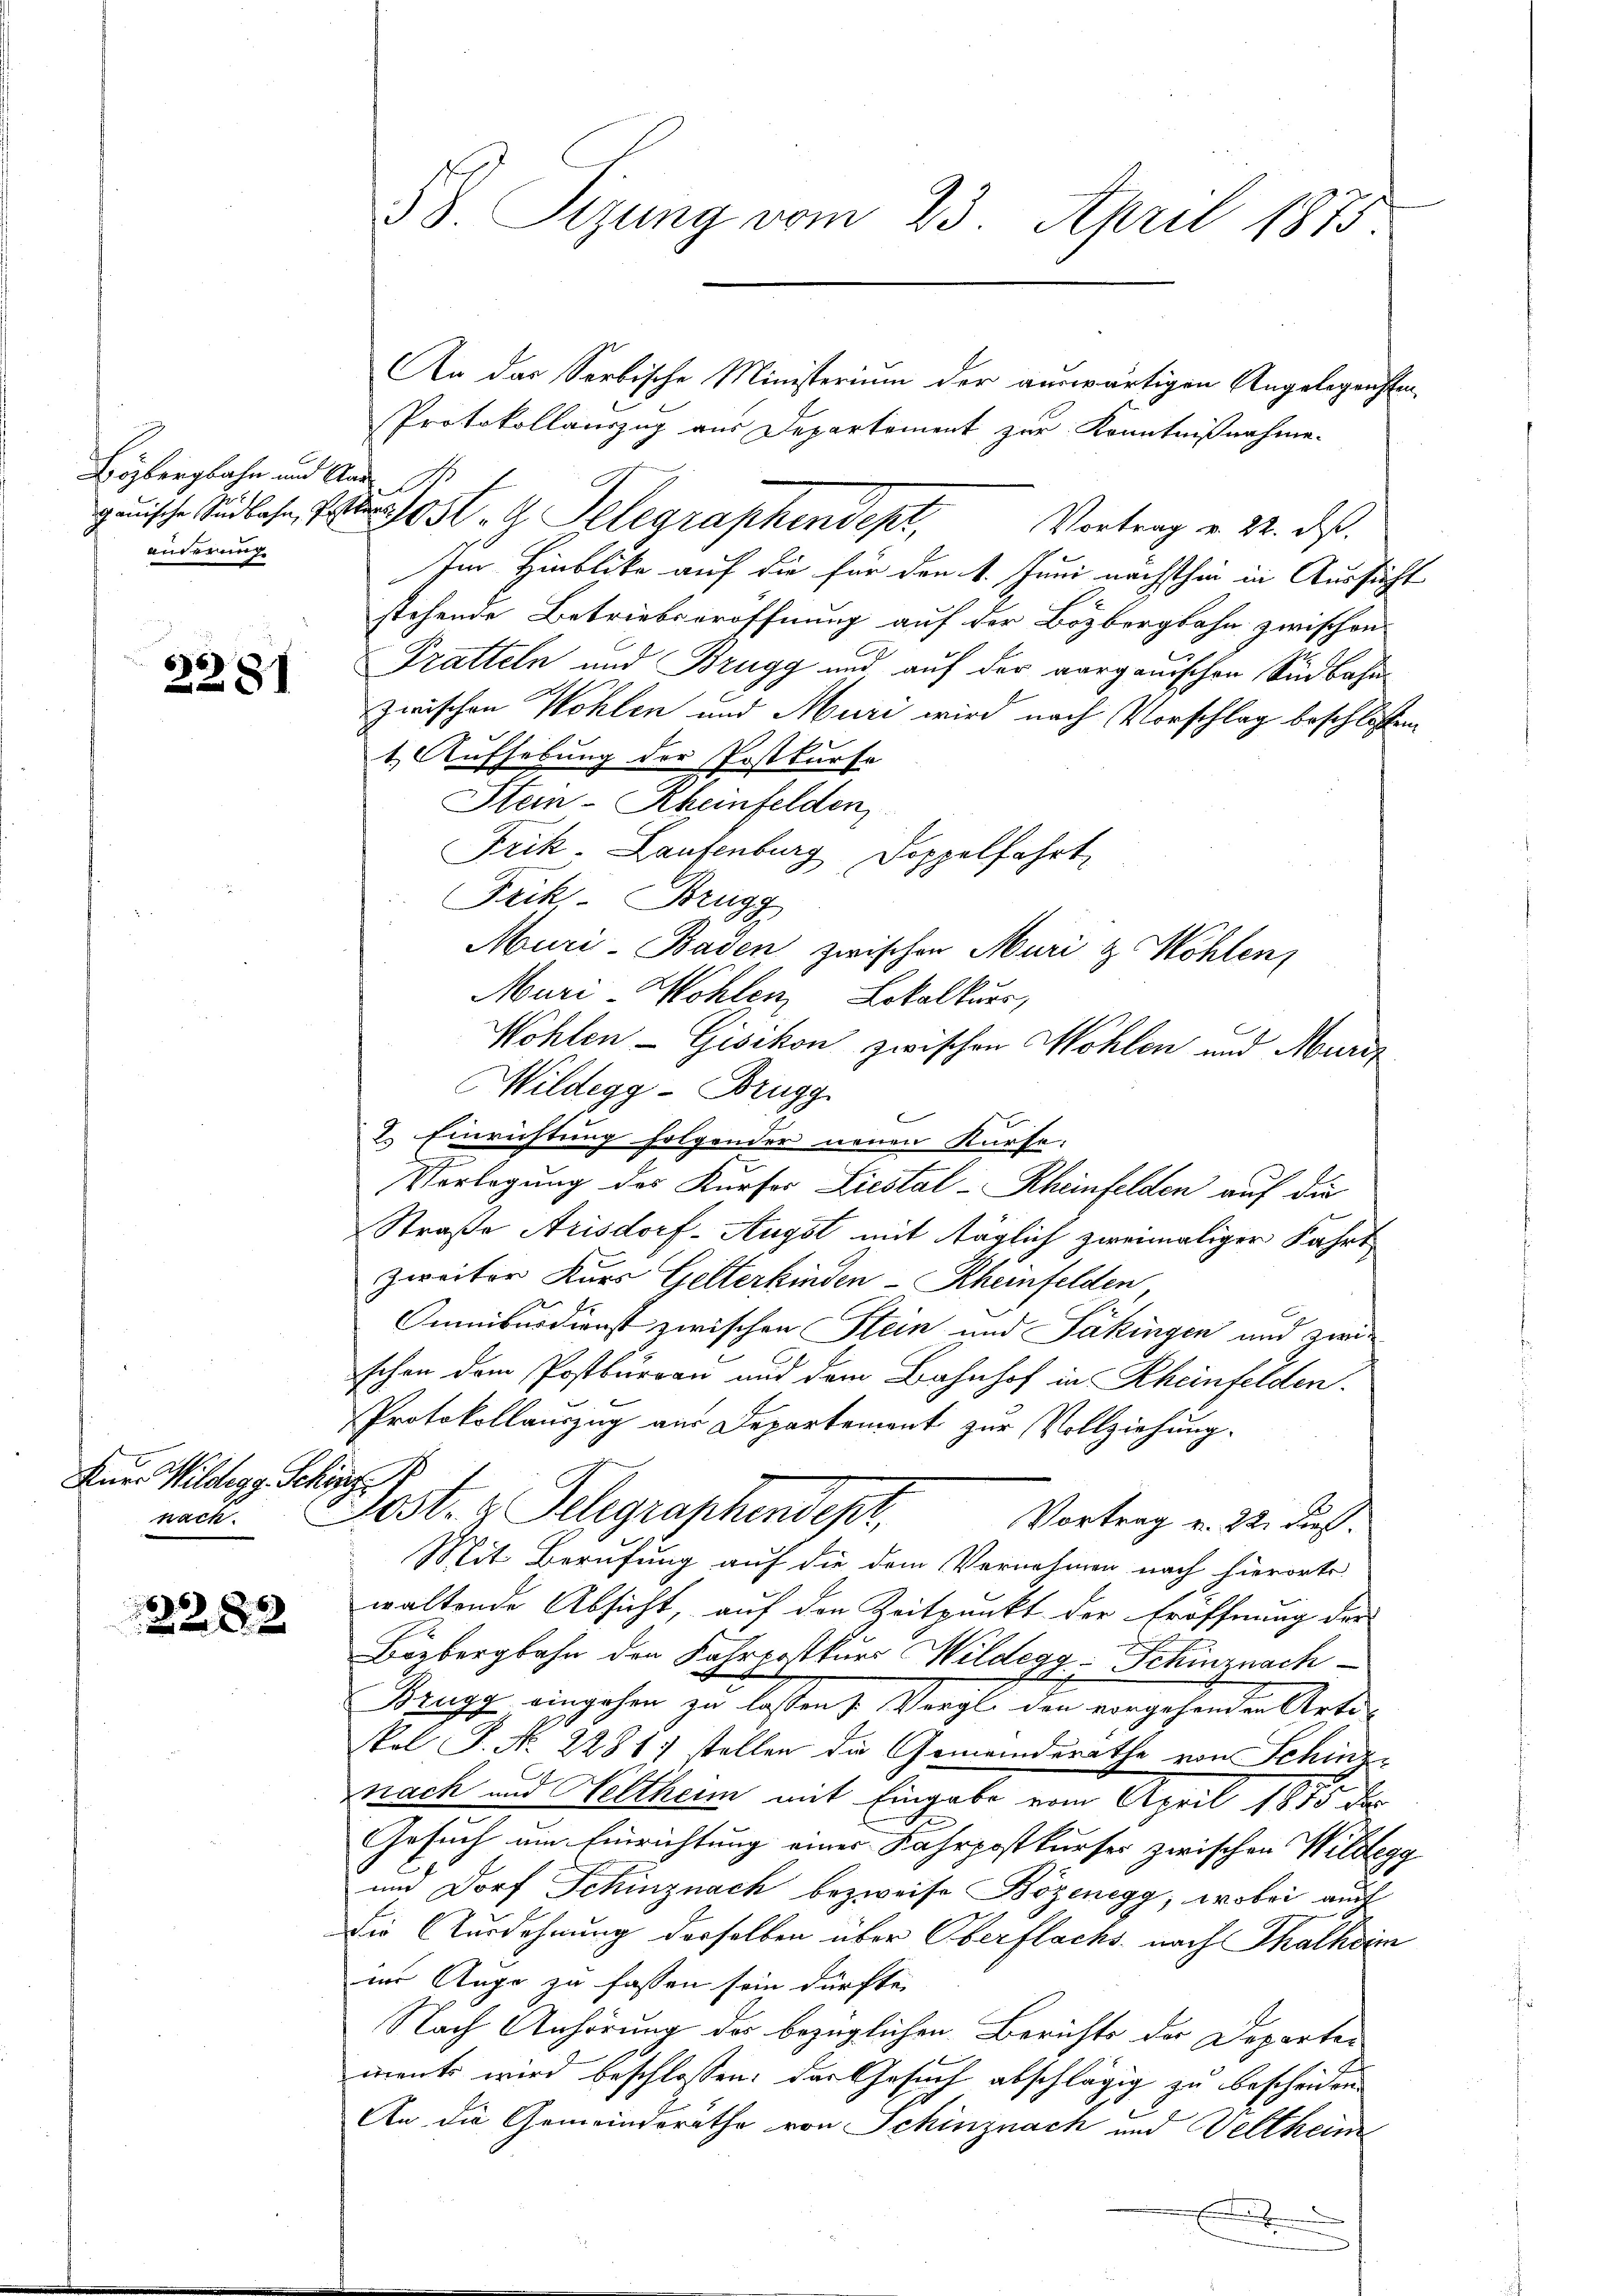
Hözbergbahn und And
änderung

2281

Auer Wildegg. Schön.
nach.

2282

58. Sizung vom 23. April 1875.

An das Serbische Ministerium der auswärtigen Angelegenstan
Protokollauszug aus Departement zur Kenntnißnahme.
guische Andlose Post. G. Telegraphendept,
Vortrag v. 22. ds.
Im Hinblicke auf die für den 1. Juni nächsthin in Aussicht
stehende Betriebseröffnung auf der Bözbergbahn zwischen
Pratteln und Brugg und auf der aargauischen Südbahn
zwischen Wohlen und Muri wird nach Vorschlag beschlossen
1. Aufhebung der Postkurse
Stein - Rheinfelden
Frik. Laufenburg, Doppelfahrt
Frik- Brugg
Muri-Basen zwischen Muri & Wohlen,
Muri-Wohlen Lokalkurs,
Wohlen-Gisikon zwischen Mohlen und Muri
Wildegg - Brugg
e
2. Einrichtung folgender neuen Kurse:
Vorlegung des Kurser Liestal-Rheinfelden auf die
Straße Arisdorf-Augst mit täglich zweimaliger Fahrt
zweiter Kurs Gelterkinden - Rheinfelden
Omnibusdienst zwischen Stein und Säkingen und zwis
schon dem Postbureau und dem Bahnhof in Rheinfelden.
Protokollauszug aus Departement zur Vollziehung.
Jost- & Gelegraphendept,
Vortrag v. 22. dies
Mit Berufung auf die dem Vernehmen nach hierorts
waltende Absicht, auf den Zeitpunkt der Eröffnung der
Biebergbahn den Fahrpostkurs Wildegg, Schinznach
Brugg eingehen zu lassen Vergl. den vorgehenden Arte
Sol J. No. 2281. stellen die Gemeinderathe von Schinz-
nach und Weltheim mit Eingabe vom April 1855 des
Gesuch um Einrichtung einer Fahrpostkurser zwischen Wildegg
und Dorf Schinznach bezweife Bözenegg, wobei ausf
Die Ausdehnung derselben über Oberflachs nach Thalhein
im Auge zu fassen sein dürfte.
Nach Anhörung der bezüglichen Berichts der Departer
ments wird beschlossen: der Gesuch abschlägig zu bescheiden
An die Gemeindsrathe von Schinznach und Veltheim
x